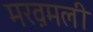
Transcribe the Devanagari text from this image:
मख़मली